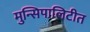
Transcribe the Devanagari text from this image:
मुन्सिपालिटीत